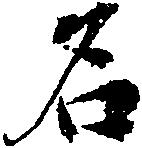
名